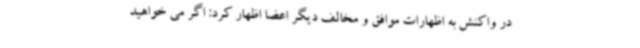
در واکنش به اظهارات موافق و مخالف دیگر اعضا اظهار کرد: اگر می خواهید